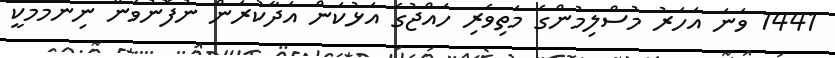
1441 ވަނަ އަހަރު މުސްލިމުންގެ މަތިވެރި ހައްޖުގެ އަޅުކަން އަދާކުރަން ނުފޮނުވަން ނިންމުމަކީ